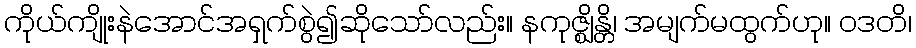
ကိုယ်ကျိုးနဲအောင်အရှက်စွဲ၍ဆိုသော်လည်း။ နကုဇ္ဈိန္တိ၊ အမျက်မထွက်ဟု။ ဝဒတိ၊